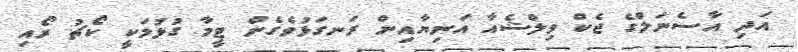
އަދި އާސެނަލްގެ ޖެކް ވިލްޝެއާ އަނިޔާއިން ރަނގަޅުވެގެން ޓީމާ ގުޅުމަކީ ކޯޗު ރޯއި